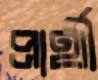
প্রার্থী